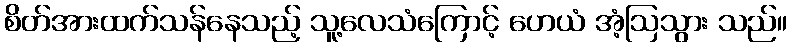
စိတ်အားထက်သန်နေသည့် သူ့လေသံကြောင့် ဟေယံ အံ့ဩသွား သည်။